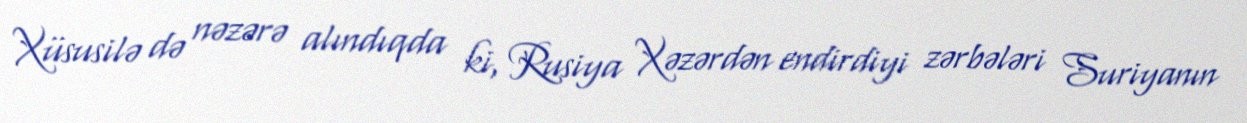
Xüsusilə də nəzərə alındıqda ki, Rusiya Xəzərdən endirdiyi zərbələri Suriyanın